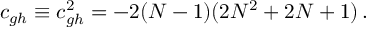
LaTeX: c _ { g h } \equiv c _ { g h } ^ { 2 } = - 2 ( N - 1 ) ( 2 N ^ { 2 } + 2 N + 1 ) \, .